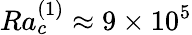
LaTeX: Ra_{c}^{(1)}\approx 9\times 10^{5}